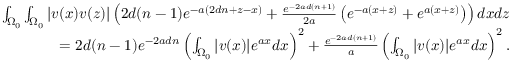
\begin{array} { r } { \int _ { \Omega _ { 0 } } \int _ { \Omega _ { 0 } } | v ( x ) v ( z ) | \left( 2 d ( n - 1 ) e ^ { - a ( 2 d n + z - x ) } + \frac { e ^ { - 2 a d ( n + 1 ) } } { 2 a } \left( e ^ { - a ( x + z ) } + e ^ { a ( x + z ) } \right) \right) d x d z } \\ { = 2 d ( n - 1 ) e ^ { - 2 a d n } \left( \int _ { \Omega _ { 0 } } | v ( x ) | e ^ { a x } d x \right) ^ { 2 } + \frac { e ^ { - 2 a d ( n + 1 ) } } { a } \left( \int _ { \Omega _ { 0 } } | v ( x ) | e ^ { a x } d x \right) ^ { 2 } . } \end{array}